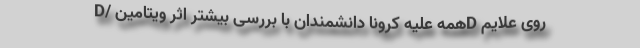
D/ همه علیه کرونا دانشمندان با بررسی بیشتر اثر ویتامینD روی علایم